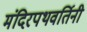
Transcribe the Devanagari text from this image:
मंदिरपथवर्तिनी